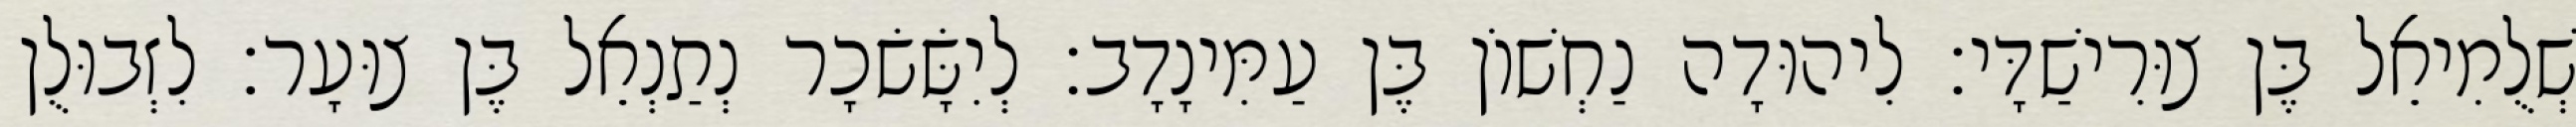
שְׁלֻמִיאֵל בֶּן צוּרִישַׁדָּי׃ לִיהוּדָה נַחְשׁוֹן בֶּן עַמִּינָדָב׃ לְיִשָּׂשׂכָר נְתַנְאֵל בֶּן צוּעָר׃ לִזְבוּלֻן